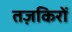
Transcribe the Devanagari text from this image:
तज़किरों